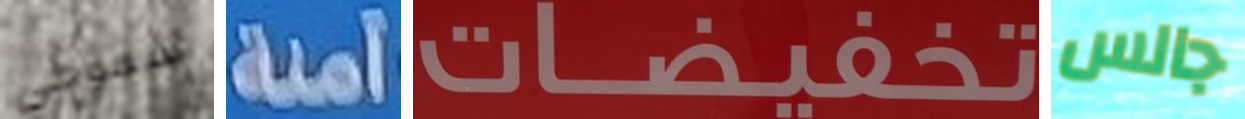
سموكي آمنة تخفيضات جالس